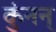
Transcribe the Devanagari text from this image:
कुंनन्